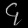
Digit: ၄